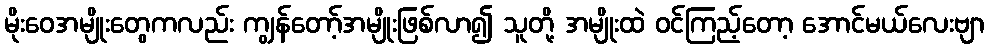
မိုးဝေအမျိုးတွေကလည်း ကျွန်တော့်အမျိုးဖြစ်လာ၍ သူတို့ အမျိုးထဲ ဝင်ကြည့်တော့ အောင်မယ်လေးဗျာ